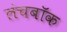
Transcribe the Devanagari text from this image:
लंचबॉक